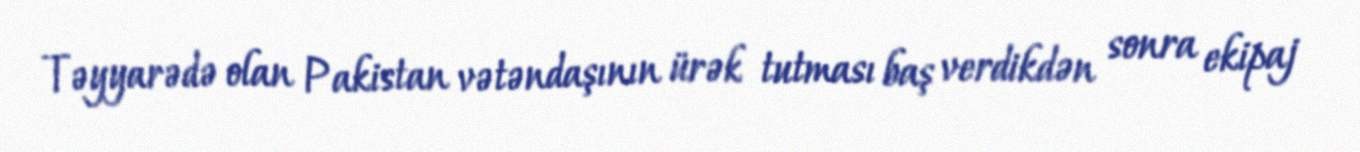
Təyyarədə olan Pakistan vətəndaşının ürək tutması baş verdikdən sonra ekipaj